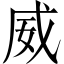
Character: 威